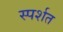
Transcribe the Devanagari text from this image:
स्पर्शत